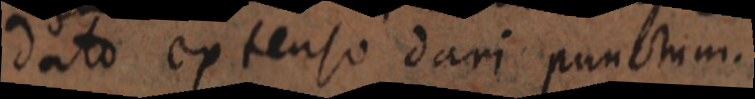
dato extenso dari punctum.